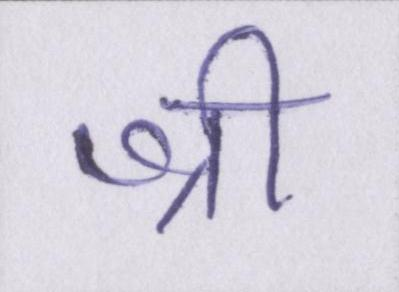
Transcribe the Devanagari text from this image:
श्री